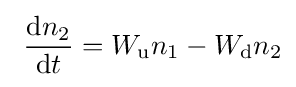
~{\frac {{\rm {d}}n_{2}}{{\rm {d}}t}}=W_{\rm {u}}n_{1}-W_{\rm {d}}n_{2}